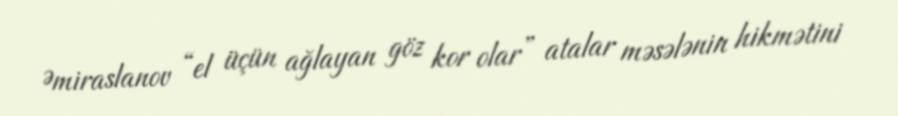
Əmiraslanov “el üçün ağlayan göz kor olar” atalar məsələnin hikmətini